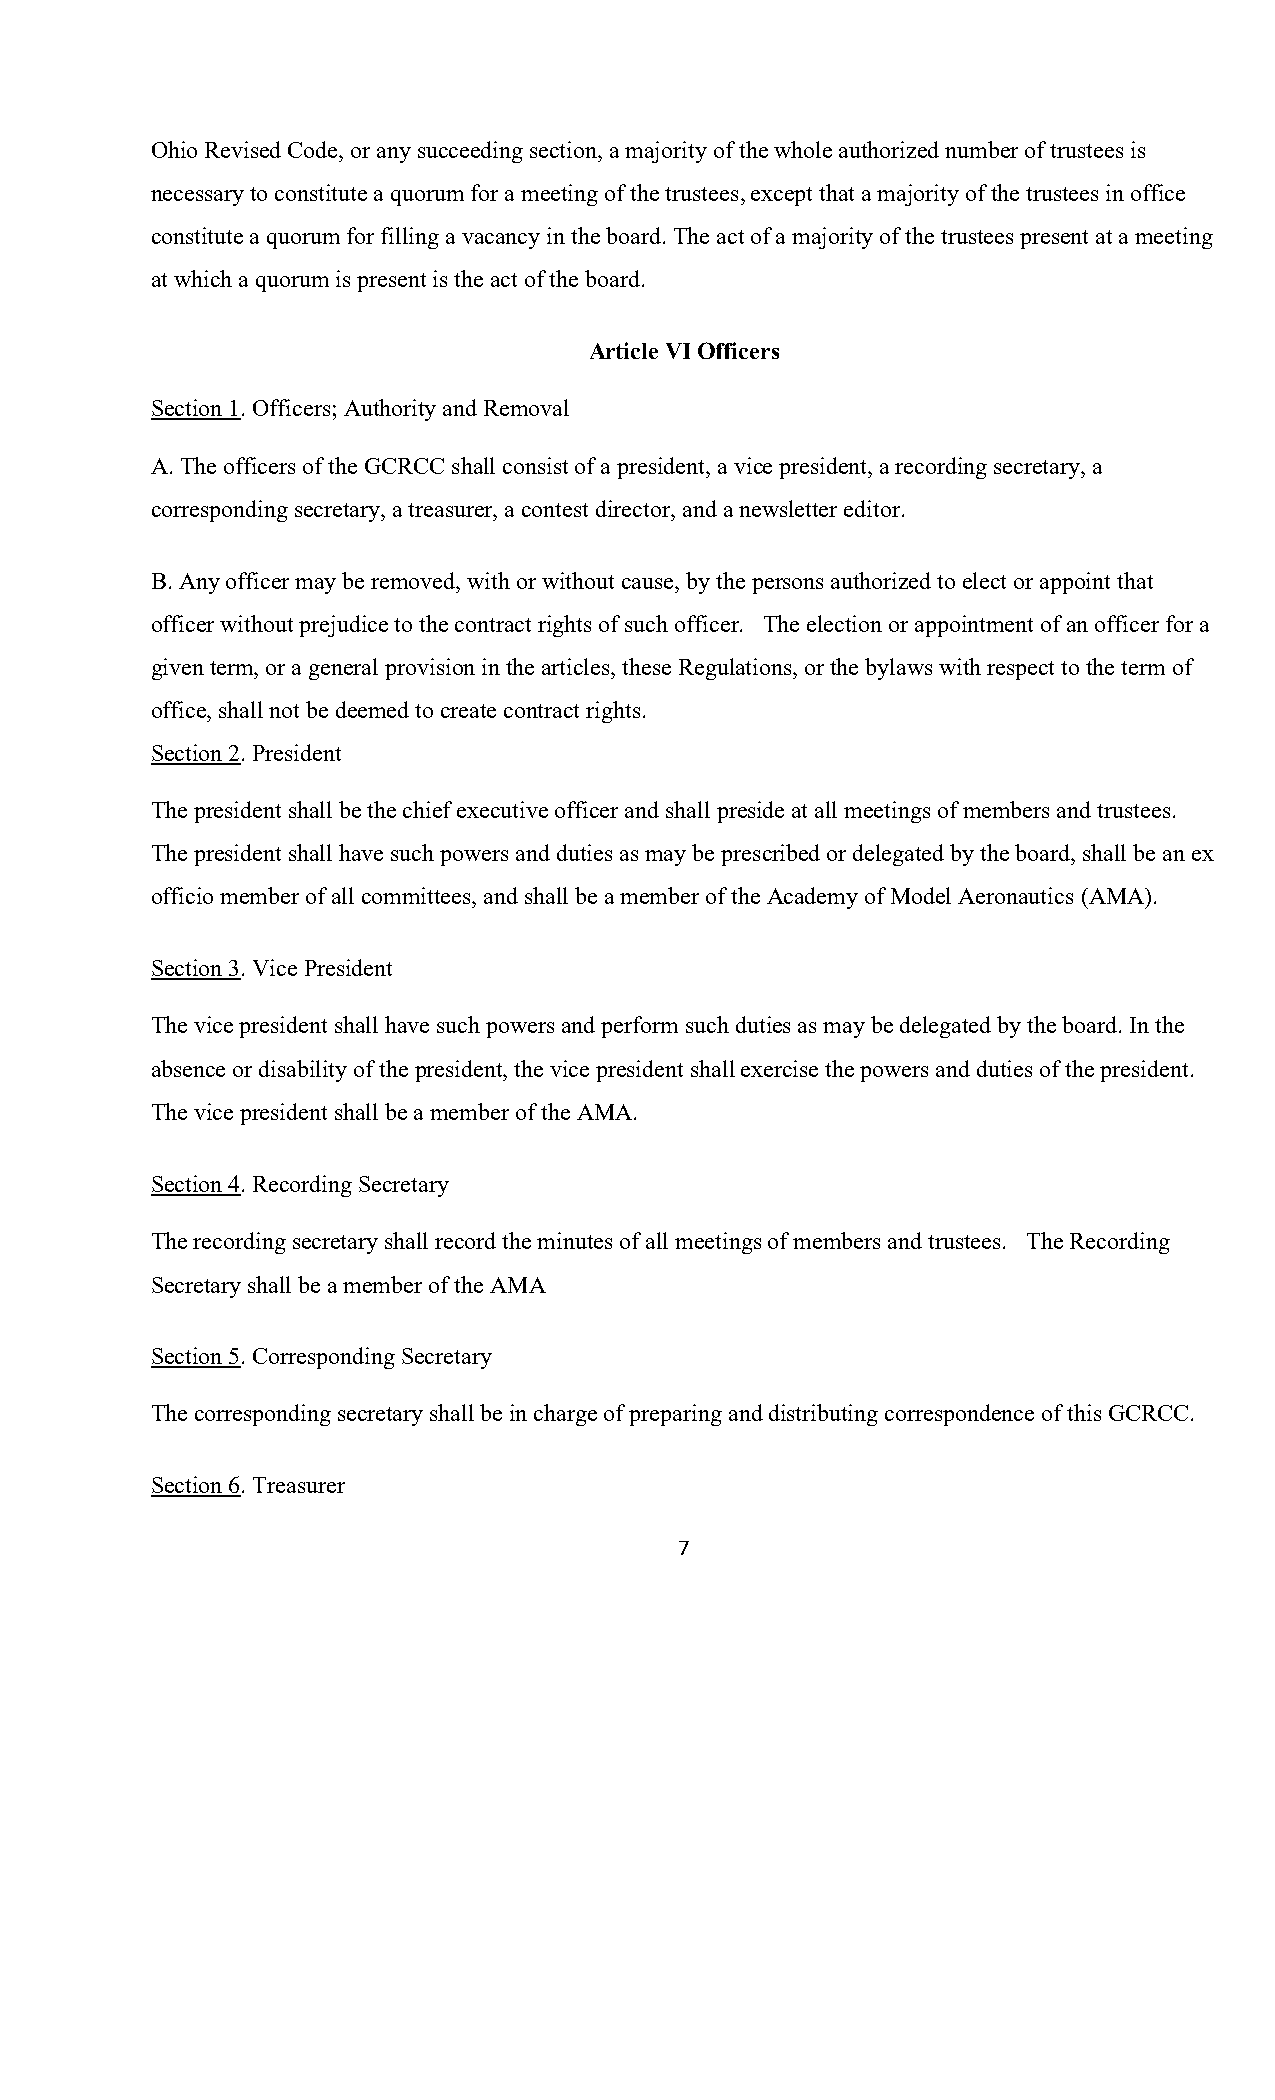
Ohio Revised Code, or any succeeding section, a majority of the whole authorized number of trustees is
 necessary to constitute a quorum for a meeting of the trustees, except that a majority of the trustees in office
 constitute a quorum for filling a vacancy in the board. The act of a majority of the trustees present at a meeting
 at which a quorum is present is the act of the board.
 Article VI Officers
 Section 1. Officers; Authority and Removal
 A. The officers of the GCRCC shall consist of a president, a vice president, a recording secretary, a
 corresponding secretary, a treasurer, a contest director, and a newsletter editor.
 B. Any officer may be removed, with or without cause, by the persons authorized to elect or appoint that
 officer without prejudice to the contract rights of such officer. The election or appointment of an officer for a
 given term, or a general provision in the articles, these Regulations, or the bylaws with respect to the term of
 office, shall not be deemed to create contract rights.
 Section 2. President
 The president shall be the chief executive officer and shall preside at all meetings of members and trustees.
 The president shall have such powers and duties as may be prescribed or delegated by the board, shall be an ex
 officio member of all committees, and shall be a member of the Academy of Model Aeronautics (AMA).
 Section 3. Vice President
 The vice president shall have such powers and perform such duties as may be delegated by the board. In the
 absence or disability of the president, the vice president shall exercise the powers and duties of the president.
 The vice president shall be a member of the AMA.
 Section 4. Recording Secretary
 The recording secretary shall record the minutes of all meetings of members and trustees. The Recording
 Secretary shall be a member of the AMA
 Section 5. Corresponding Secretary
 The corresponding secretary shall be in charge of preparing and distributing correspondence of this GCRCC.
 Section 6. Treasurer
 7